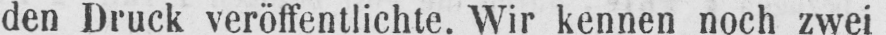
den Druck veröffentlichte. Wir kennen noch zwei